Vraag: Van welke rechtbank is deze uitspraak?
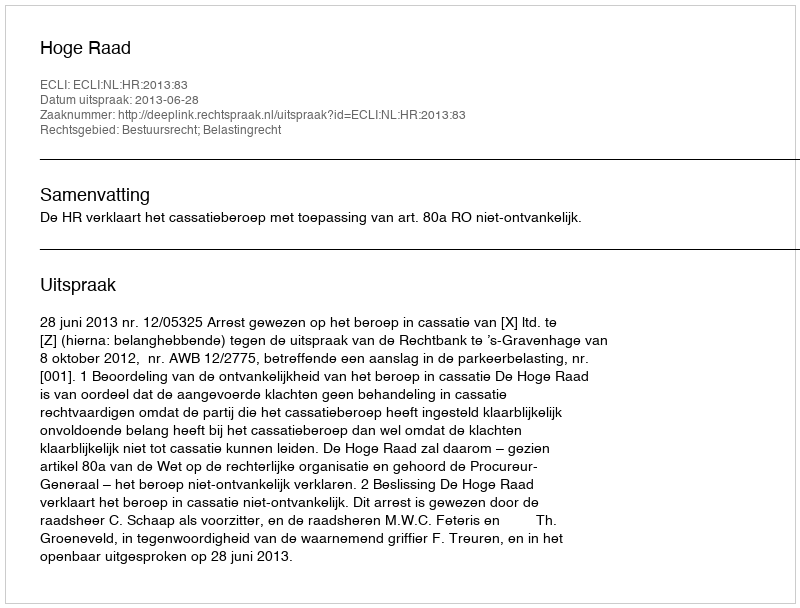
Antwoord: Hoge Raad